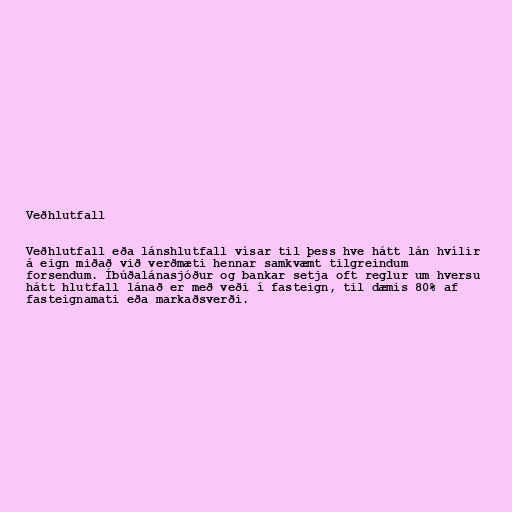
Veðhlutfall

Veðhlutfall eða lánshlutfall vísar til þess hve hátt lán hvílir
á eign miðað við verðmæti hennar samkvæmt tilgreindum
forsendum. Íbúðalánasjóður og bankar setja oft reglur um hversu
hátt hlutfall lánað er með veði í fasteign, til dæmis 80% af
fasteignamati eða markaðsverði.